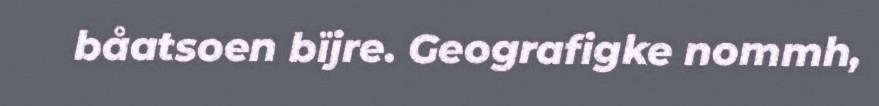
båatsoen bïjre. Geografigke nommh,